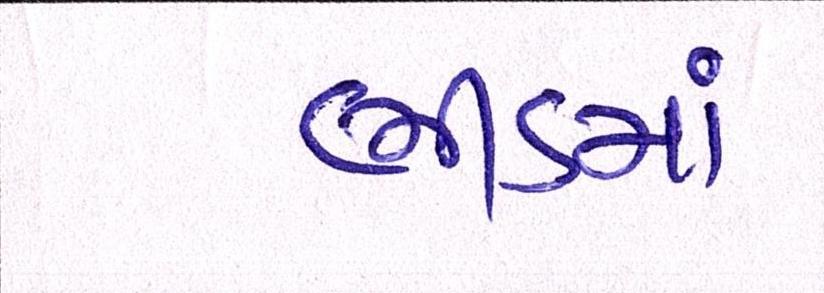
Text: ભીડમાં